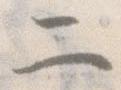
二